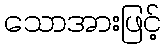
သောအားဖြင့်